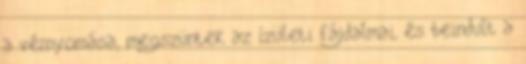
a vérnyomása, megszüntek az ízületi fájdalmai, és beindult a